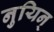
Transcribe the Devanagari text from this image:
नुयिन्